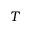
T